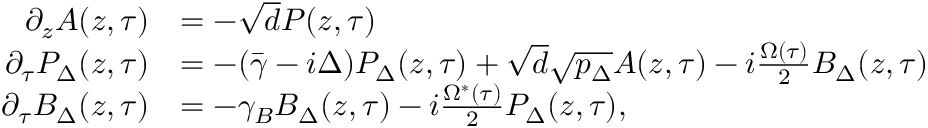
\begin{array} { r l } { \partial _ { z } A ( z , \tau ) } & { = - \sqrt { d } P ( z , \tau ) } \\ { \partial _ { \tau } P _ { \Delta } ( z , \tau ) } & { = - ( \bar { \gamma } - i \Delta ) P _ { \Delta } ( z , \tau ) + \sqrt { d } \sqrt { p _ { \Delta } } A ( z , \tau ) - i \frac { \Omega ( \tau ) } { 2 } B _ { \Delta } ( z , \tau ) } \\ { \partial _ { \tau } B _ { \Delta } ( z , \tau ) } & { = - \gamma _ { B } B _ { \Delta } ( z , \tau ) - i \frac { \Omega ^ { * } ( \tau ) } { 2 } P _ { \Delta } ( z , \tau ) , } \end{array}